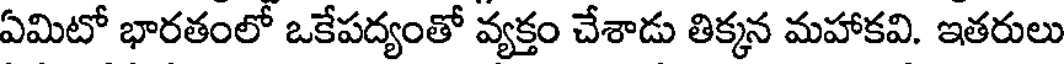
ఏమిటో భారతంలో ఒకేపద్యంతో వ్యక్తం చేశాడు తిక్కన మహాకవి. ఇతరులు